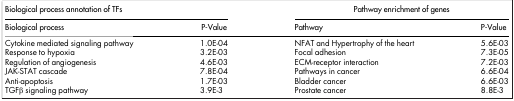
<table><thead><tr><td colspan="2"><b>Biological process annotation of TFs</b></td><td colspan="2"><b>Pathway enrichment of genes</b></td></tr><tr><td><b>Biological process</b></td><td><b>P-Value</b></td><td><b>Pathway</b></td><td><b>P-Value</b></td></tr></thead><tbody><tr><td>Cytokine mediated signaling pathway</td><td>1.0E-04</td><td>NFAT and Hypertrophy of the heart</td><td>5.6E-03</td></tr><tr><td>Response to hypoxia</td><td>3.2E-03</td><td>Focal adhesion</td><td>7.3E-05</td></tr><tr><td>Regulation of angiogenesis</td><td>4.6E-03</td><td>ECM-receptor interaction</td><td>7.2E-03</td></tr><tr><td>JAK-STAT cascade</td><td>7.8E-04</td><td>Pathways in cancer</td><td>6.6E-04</td></tr><tr><td>Anti-apoptosis</td><td>1.7E-03</td><td>Bladder cancer</td><td>6.6E-03</td></tr><tr><td>TGFβ signaling pathway</td><td>3.9E-3</td><td>Prostate cancer</td><td>8.8E-3</td></tr></tbody></table>